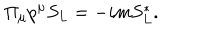
LaTeX: \Pi _ { \mu } p ^ { \mu } S _ { L } = - i m S _ { L } ^ { * } .